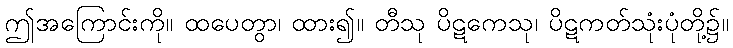
ဤအကြောင်းကို။ ထပေတွာ၊ ထား၍။ တီသု ပိဋကေသု၊ ပိဋကတ်သုံးပုံတို့၌။